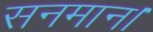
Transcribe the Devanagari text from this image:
सनमान।